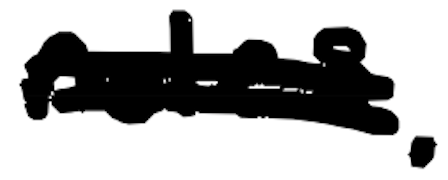
Text: roles.
Cross-out: double-line
Writing tool: digital_black